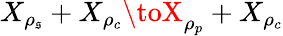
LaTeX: X_{\rho_{\mathfrak{s}}}+X_{\rho_{c}}\toX_{\rho_{p}}+X_{\rho_{c}}